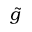
\tilde { g }